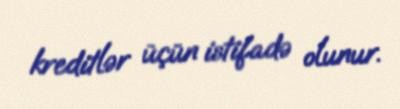
kreditlər üçün istifadə olunur.